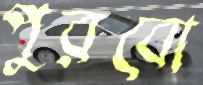
পুরবো